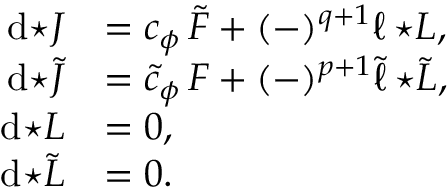
\begin{array} { r l } { \mathrm { d } { \star J } } & { = c _ { \phi } \, \tilde { F } + ( - ) ^ { q + 1 } \ell \, { \star L } , } \\ { \mathrm { d } { \star \tilde { J } } } & { = \tilde { c } _ { \phi } \, F + ( - ) ^ { p + 1 } \tilde { \ell } \, { \star \tilde { L } } , } \\ { \mathrm { d } { \star L } } & { = 0 , } \\ { \mathrm { d } { \star \tilde { L } } } & { = 0 . } \end{array}